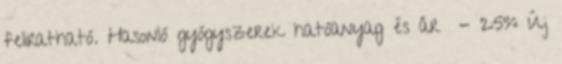
feliratható. Hasonló gyógyszerek hatóanyag és ár - 25% Új